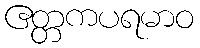
ဧတ္တကပရမာဝ